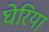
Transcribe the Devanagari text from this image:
घेरिया